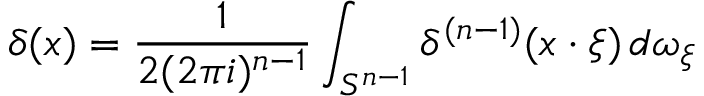
\delta ( x ) = { \frac { 1 } { 2 ( 2 \pi i ) ^ { n - 1 } } } \int _ { S ^ { n - 1 } } \delta ^ { ( n - 1 ) } ( x \cdot \xi ) \, d \omega _ { \xi }